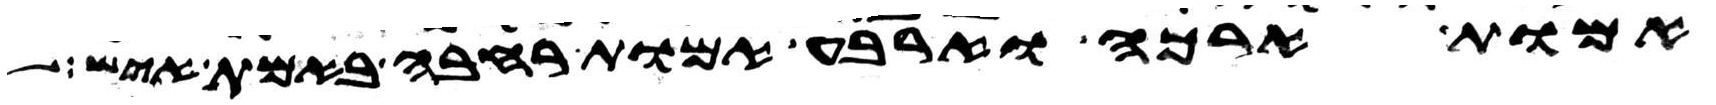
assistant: אמות ארכה וארבע אמות רחבה באמת איש